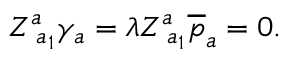
Z _ { \; a _ { 1 } } ^ { a } \gamma _ { a } = \lambda Z _ { \; a _ { 1 } } ^ { a } \overline { { { p } } } _ { a } = 0 .